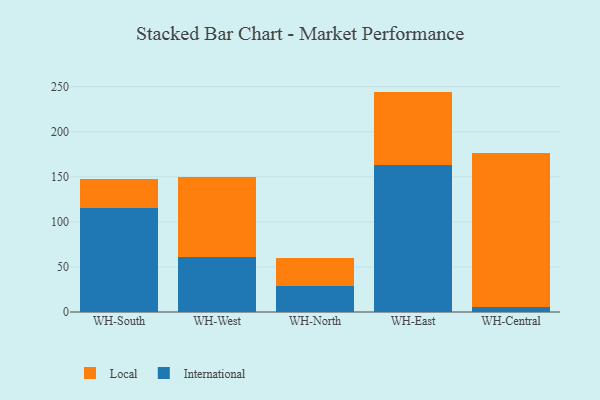
{"axis": {"x": "Warehouse", "y": "Customer Acquisition Cost (USD)"}, "legend": ["International", "Local"], "data": [{"x": "WH-South", "y": 114.9, "type": "International"}, {"x": "WH-South", "y": 32.4, "type": "Local"}, {"x": "WH-West", "y": 61.2, "type": "International"}, {"x": "WH-West", "y": 88.6, "type": "Local"}, {"x": "WH-North", "y": 28.8, "type": "International"}, {"x": "WH-North", "y": 31.5, "type": "Local"}, {"x": "WH-East", "y": 162.9, "type": "International"}, {"x": "WH-East", "y": 81.7, "type": "Local"}, {"x": "WH-Central", "y": 5.3, "type": "International"}, {"x": "WH-Central", "y": 170.7, "type": "Local"}]}